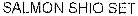
SALMON SHIO SET